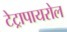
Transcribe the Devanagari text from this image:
टेट्रापायरोल